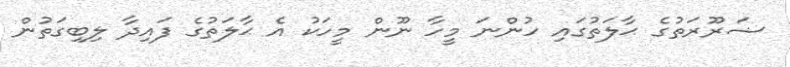
ޟަރޫރަތުގެ ޙާލަތުގައި ހުންނަ މީހާ ނޫން މީހަކު އެ ޙާލަތުގެ ފައިދާ ލިބިގަތުން